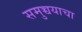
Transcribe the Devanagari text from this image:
समुच्चयाचा